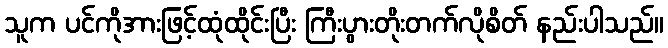
သူက ပင်ကိုအားဖြင့်ထုံထိုင်းပြီး ကြီးပွားတိုးတက်လိုစိတ် နည်းပါသည်။